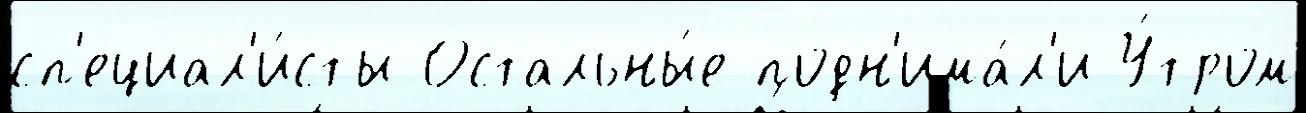
сп'ециал'и́сты Остальны́е подн'има́л'и У́тром